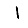
Digit: 1